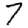
Digit: 7